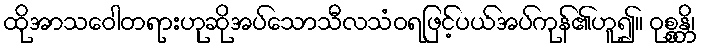
ထိုအာသဝေါတရားဟုဆိုအပ်သောသီလသံဝရဖြင့်ပယ်အပ်ကုန်၏ဟူ၍။ ဝုစ္စန္တိ၊